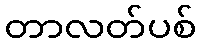
တာလတ်ပစ်